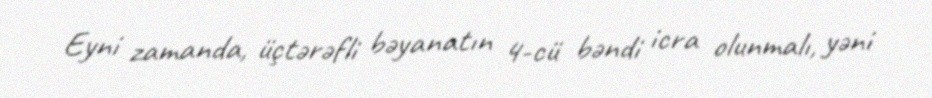
Eyni zamanda, üçtərəfli bəyanatın 4-cü bəndi icra olunmalı, yəni